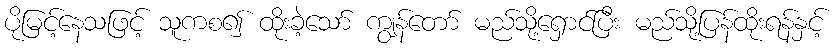
ပိုမြင့်နေသဖြင့် သူကစ၍ ထိုးခဲ့သော် ကျွန်တော် မည်သို့ရှောင်ပြီး မည်သို့ပြန်ထိုးရန်နှင့်